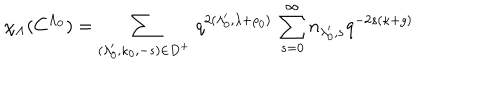
\chi _ { \Lambda } ( C ^ { \Lambda _ { 0 } } ) = \sum _ { ( \lambda _ { 0 } ^ { \prime } , \kappa _ { 0 } , - s ) \in D ^ { + } } \, q ^ { 2 ( \lambda _ { 0 } ^ { \prime } , \lambda + \rho _ { 0 } ) } \, \sum _ { s = 0 } ^ { \infty } n _ { \lambda _ { 0 } ^ { \prime } , s } q ^ { - 2 s ( \kappa + g ) }